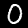
Digit: 0